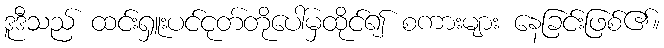
ဒူဒီသည် ထင်းရှူးပင်ငုတ်တိုပေါ်မှထိုင်၍ စကားများ နေခြင်းဖြစ်၏။